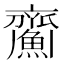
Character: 𩹵